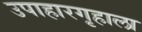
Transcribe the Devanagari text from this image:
उपाहारगृहाला